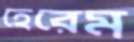
হেরেম